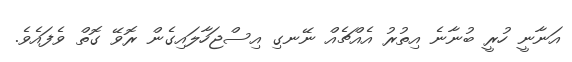
އަނާނީ ހުރީ ބުނާނެ އިތުރު އެއްޗެއް ނޭނގި އިސްޖަހާލައިގެން ރޮވޭ ގޮތް ވެފައެވެ.